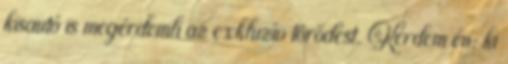
kisautó is megérdemli az exkluzív törődést. Kérdem én: ki